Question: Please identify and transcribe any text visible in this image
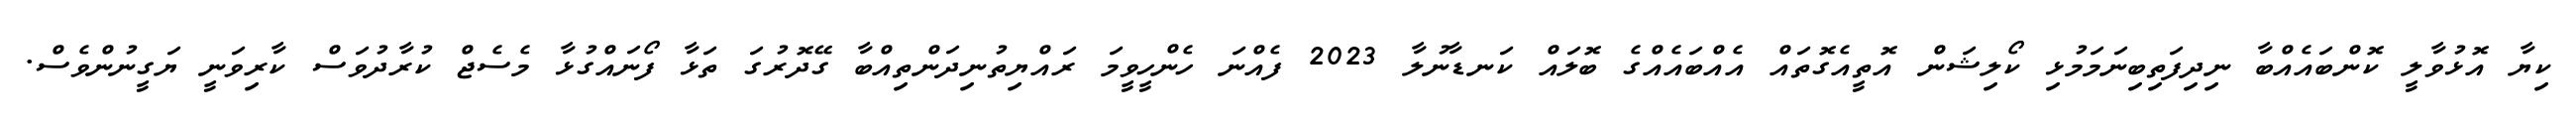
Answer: ކިޔާ އޮޅުވާލީ ކޮންބައެއްބާ ނިދިފަތިބިނަމަމުޅި ކޯލިޝަން އޮތީއެގޮތައް އެއްބައެއްގެ ބޮލައް ކަނޑާނުލާ 2023 ފެއްނަ ހެންހީވީމަ ރައްޔިތުނިދަންތިއްބާ ގޭދޮރުގަ ތަޅާ ފޯނައްގުޅާ މެސެޖް ކުރާދުވަސް ކާރިވަނީ ޔަގީނުންވެސް.